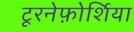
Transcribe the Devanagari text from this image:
टूरनेफ़ोर्शिया